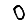
Digit: 0